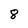
Character: 8